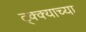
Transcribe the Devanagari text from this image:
ट्क्क्याच्या